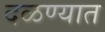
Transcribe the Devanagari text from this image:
दळण्यात